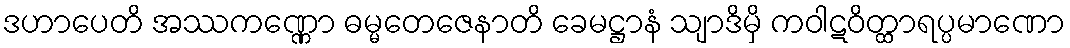
ဒဟာပေတိ အဿကဏ္ဏော ဓမ္မတေဇေနာတိ ခေမဋ္ဌာနံ သျာဒိမှိ ကဝါဋဝိတ္ထာရပ္ပမာဏော